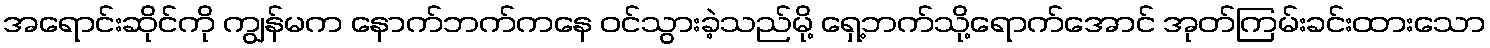
အရောင်းဆိုင်ကို ကျွန်မက နောက်ဘက်ကနေ ဝင်သွားခဲ့သည်မို့ ရှေ့ဘက်သို့ရောက်အောင် အုတ်ကြမ်းခင်းထားသော